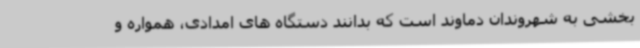
بخشی به شهروندان دماوند است که بدانند دستگاه های امدادی، همواره و